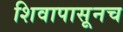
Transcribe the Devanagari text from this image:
शिवापासूनच